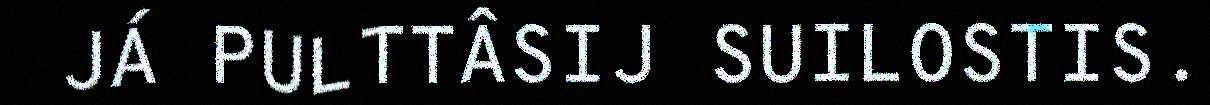
JÁ PULTTÂSIJ SUILOSTIS.